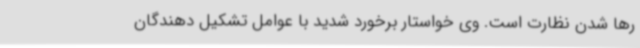
رها شدن نظارت است. وی خواستار برخورد شدید با عوامل تشکیل دهندگان